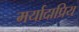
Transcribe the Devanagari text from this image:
मर्यादाप्रिय